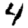
Digit: 4